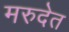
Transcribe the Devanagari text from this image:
मरुदेत